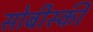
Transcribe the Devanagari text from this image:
सोबीस्की